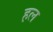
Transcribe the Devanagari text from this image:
ह़ल